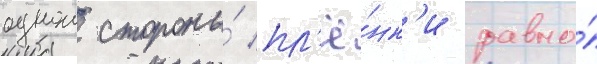
однои стороны́ пл'ё́нк'и равно́